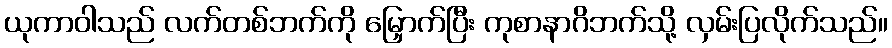
ယုကာဝါသည် လက်တစ်ဘက်ကို မြှောက်ပြီး ကုစာနာဂိဘက်သို့ လှမ်းပြလိုက်သည်။